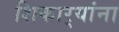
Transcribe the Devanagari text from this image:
शिकार्‍यांना